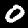
Digit: 0